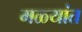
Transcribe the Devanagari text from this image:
मळ्यांत